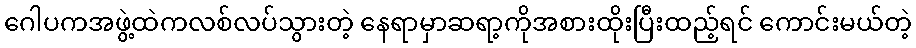
ဂေါပကအဖွဲ့ထဲကလစ်လပ်သွားတဲ့ နေရာမှာဆရာ့ကိုအစားထိုးပြီးထည့်ရင် ကောင်းမယ်တဲ့